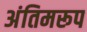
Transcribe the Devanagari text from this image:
अंतिमरूप